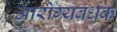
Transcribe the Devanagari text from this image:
आरोग्‍यवर्धक